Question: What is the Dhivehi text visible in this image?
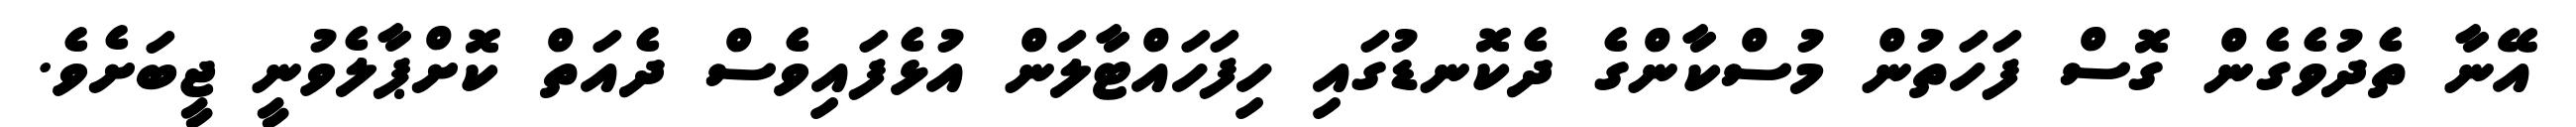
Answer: އޭނާ ތެދުވެގެން ގޮސް ފަހަތުން މުސްކާންގެ ދެކޮނޑުގައި ހިފަހައްޓާލަން އުޅެފައިވެސް ދެއަތް ކޮށްޕާލެވުނީ ޖީބަށެވެ.